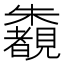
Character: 𣠶